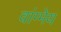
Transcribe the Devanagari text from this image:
वांग्मेय